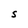
Character: S